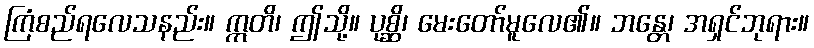
ကြံစည်ရလေသနည်း။ ဣတိ၊ ဤသို့။ ပုစ္ဆိ၊ မေးတော်မူလေ၏။ ဘန္တေ၊ အရှင်ဘုရား။